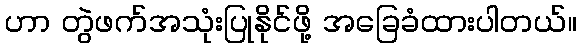
ဟာ တွဲဖက်အသုံးပြုနိုင်ဖို့ အခြေခံထားပါတယ်။